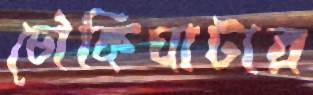
চৌকিঘাটার